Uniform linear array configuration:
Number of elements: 32
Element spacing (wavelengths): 0.75
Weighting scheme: uniform
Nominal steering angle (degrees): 45
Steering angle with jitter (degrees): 44.587
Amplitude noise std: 0.05
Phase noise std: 0.05

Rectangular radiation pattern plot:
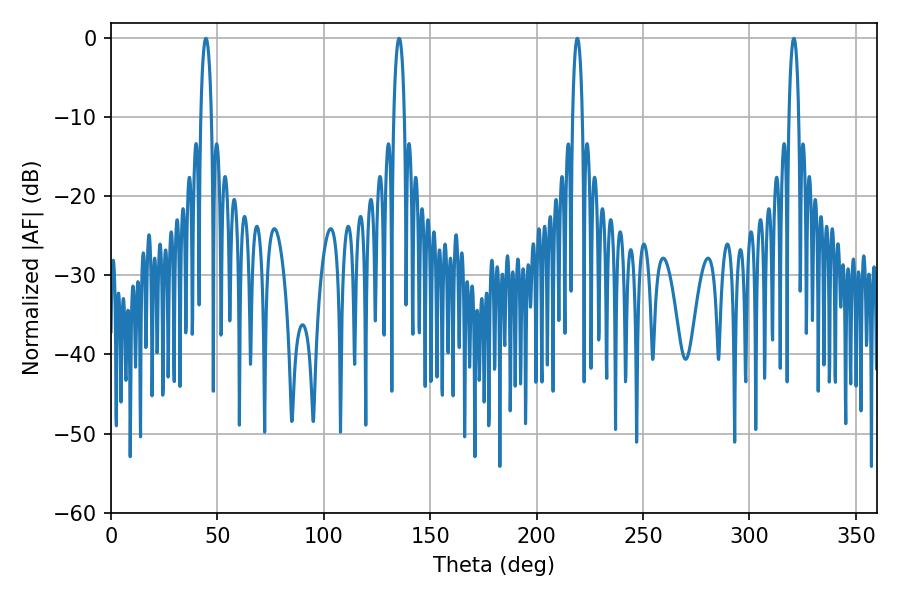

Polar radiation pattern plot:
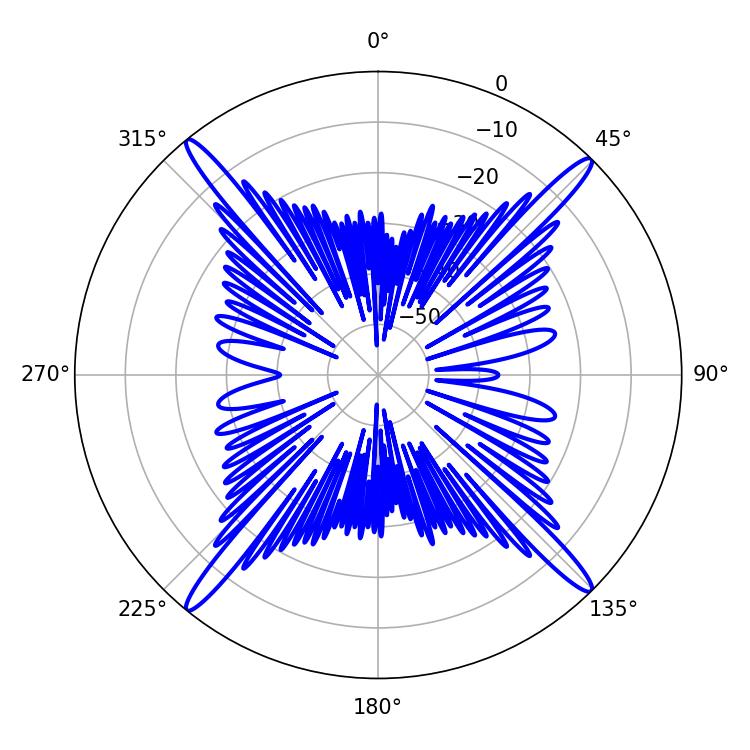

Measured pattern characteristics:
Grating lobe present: TRUE
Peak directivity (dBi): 21.359
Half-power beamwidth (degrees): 2.88
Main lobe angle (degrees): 44.64